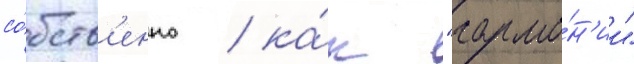
со́бств'енно / ка́к "гармо́н'ии"